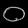
Digit: ၀